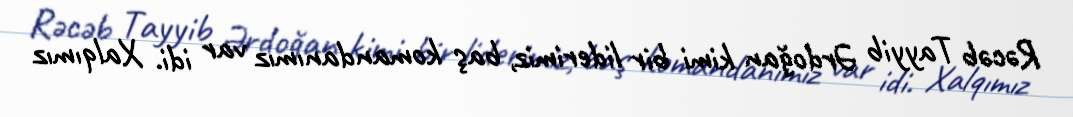
Rəcəb Tayyib Ərdoğan kimi bir liderimiz, baş komandanımız var idi. Xalqımız